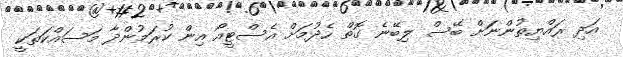
އަދި ރައްޔިތުންނަަށް ބޭސް ލިބޭނެ ގޮތް ހެދުމަށް އެސްޓީއޯ އިން ކުރަމުންދާ މަސައްކަތަކީ